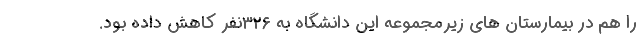
را هم در بیمارستان های زیرمجموعه این دانشگاه به ۳۲۶نفر کاهش داده بود.